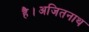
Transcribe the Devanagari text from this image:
है।अजितनाथ